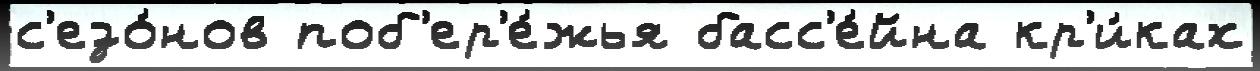
с'езо́нов поб'ер'е́жья басс'е́йна кр'и́ках